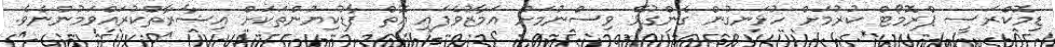
ޑިމޮކްރަސީ ޕްރޮމޯޓް ކުރުމަށް ހުޅަނގުން ގެންގުޅޭ ވިސްނުމަށް އަމާޒުވެފައި އޮތް ފާޑުކިޔުންތަކަށް އިޝާރާތްކުރައްވަމުންނެވެ.